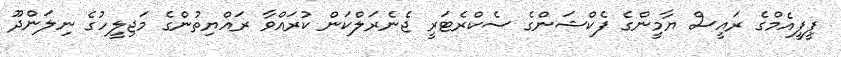
ޕީޕީއެމްގެ ރައީސް ޔާމީންގެ ފެކްޝަންގެ ސެކްރެޓަރީ ޖެނެރަލްކަން ކުރައްވާ ރައްޔިތުންގެ މަޖިލީހުގެ ނިލަންދޫ